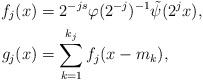
LaTeX: \begin{align*}f_j(x) &=2^{-js}\varphi(2^{-j})^{-1} \tilde{\psi}(2^jx) ,\\g_j(x) &=\sum_{k=1}^{k_j} f_j(x- m_k), \end{align*}